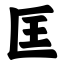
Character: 匡